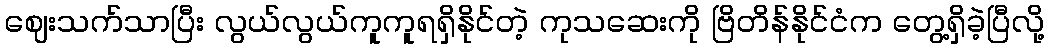
ဈေးသက်သာပြီး လွယ်လွယ်ကူကူရရှိနိုင်တဲ့ ကုသဆေးကို ဗြိတိန်နိုင်ငံက တွေ့ရှိခဲ့ပြီလို့